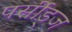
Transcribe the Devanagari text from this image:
पर्सीड्‌ज